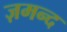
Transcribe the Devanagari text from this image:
ज़मन्द